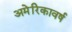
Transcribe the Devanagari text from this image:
अमेरिकावर्ष